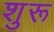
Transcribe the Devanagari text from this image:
शुरू